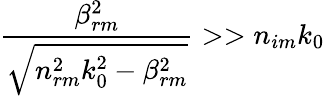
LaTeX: \frac{\beta_{rm}^{2}}{\sqrt{n_{rm}^{2}k_{0}^{2}-\beta_{rm}^{2}}}>>n_{im}k_{0}